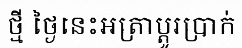
ថ្មី ថ្ងៃនេះអត្រាប្តូរប្រាក់